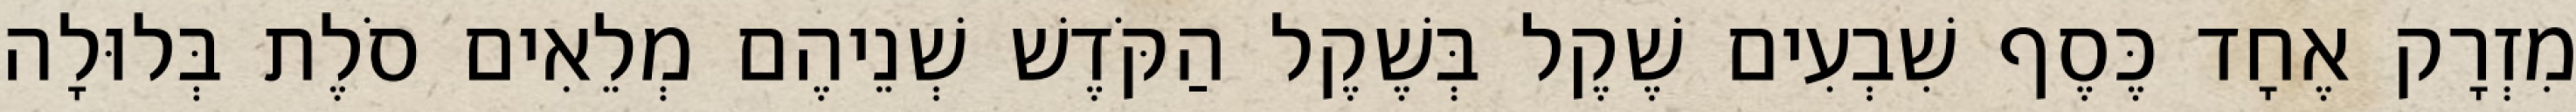
מִזְרָק אֶחָד כֶּסֶף שִׁבְעִים שֶׁקֶל בְּשֶׁקֶל הַקֹּדֶשׁ שְׁנֵיהֶם מְלֵאִים סֹלֶת בְּלוּלָה